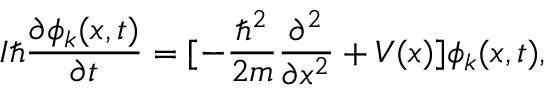
I \hbar { \frac { \partial \phi _ { k } ( x , t ) } { \partial t } } = [ - \frac { \hbar ^ { 2 } } { 2 m } { \frac { \partial ^ { 2 } } { \partial x ^ { 2 } } } + V ( x ) ] \phi _ { k } ( x , t ) ,